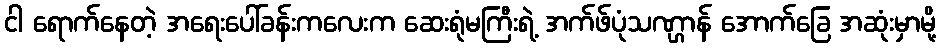
ငါ ရောက်နေတဲ့ အရေးပေါ်ခန်းကလေးက ဆေးရုံမကြီးရဲ့ အက်ဖ်ပုံသဏ္ဌာန် အောက်ခြေ အဆုံးမှာမို့